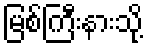
မြစ်ကြီးနားသို့